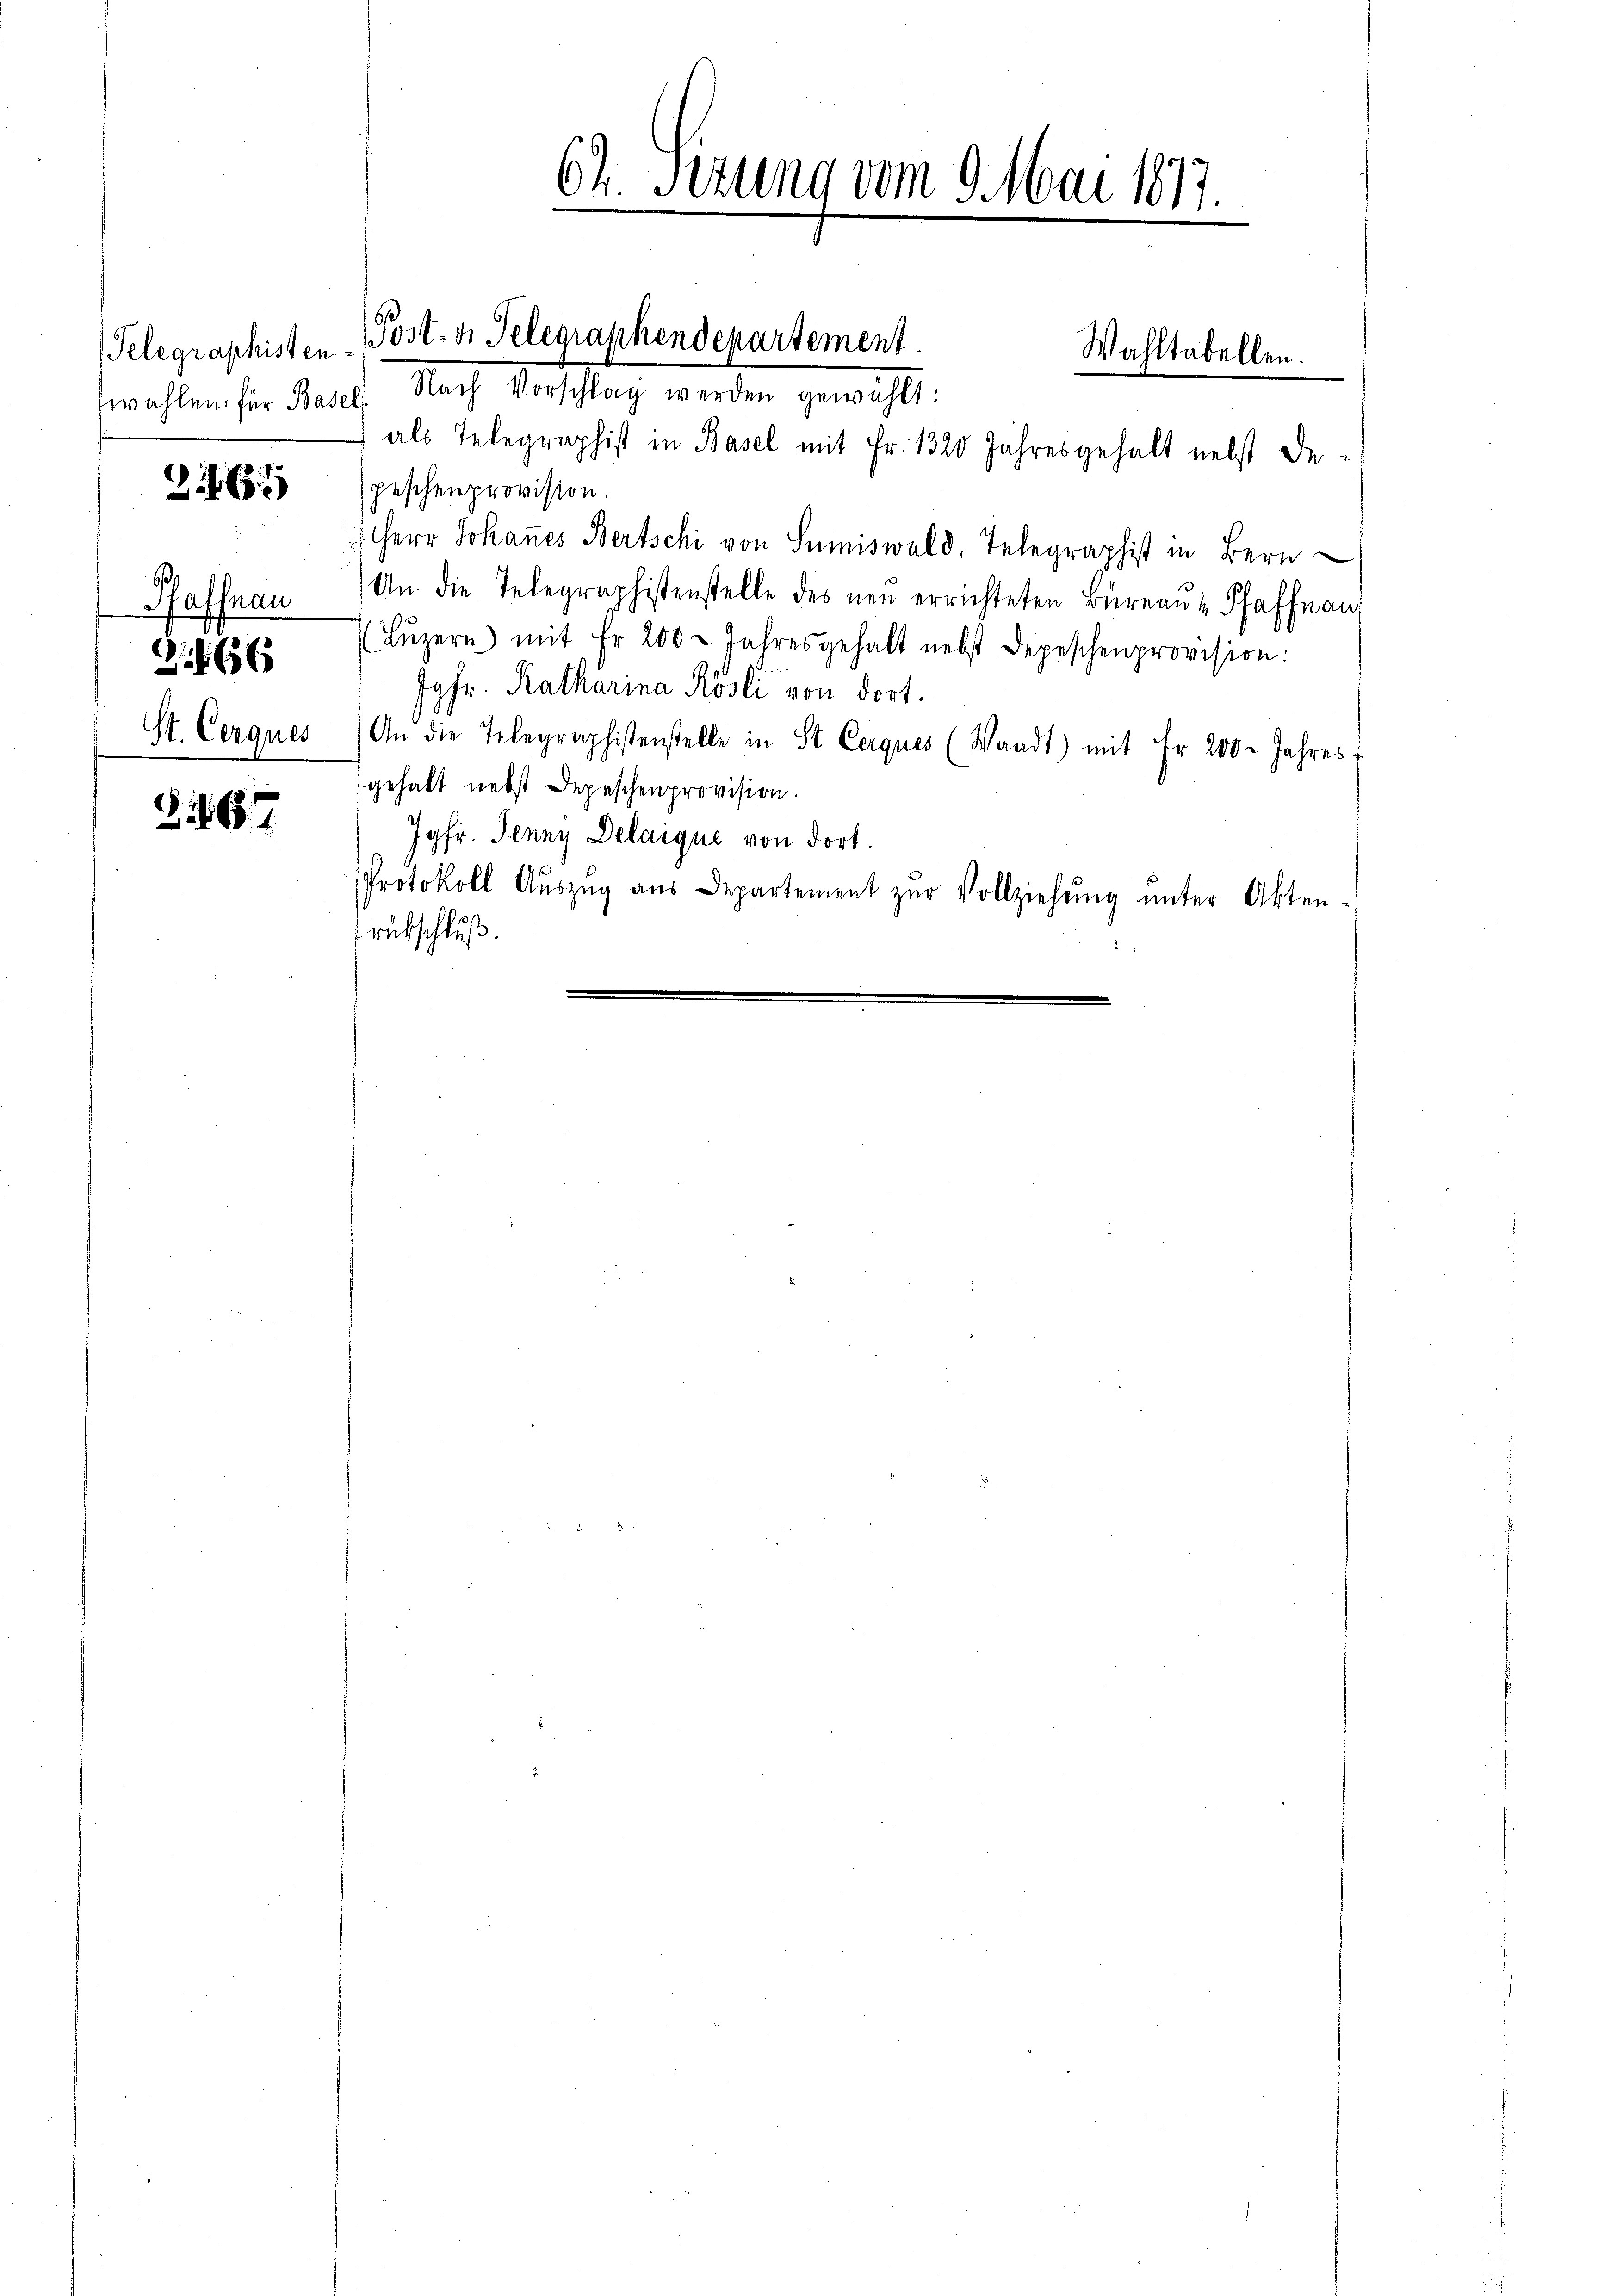
Telegraphisten-
zwahlen: für Basel

216

Pfaffenau
St. Cerques

66

Z. 167

Nach Vorschlag werden gewählt:
als Telegraphist in Basel mit Fr. 1320 Jahresgehalt nebst De-
peschenprovision.
Herr Johaṅes Bertschi von Sumiswald, Telegraphist in Bern
An die Telegraphistenstelle des neu errichteten Büreau & Pfaffnau
(Lŭzern) mit Fr. 200 Jahresgehalt nebst Depeschenprovision:
Jgfr. Ratharina Rösli von dort.
An die Telegraphistenstelle in St. Cerques (Waadt) mit Fr. 200. Jahres
gehalt nebst Depeschenprovision.
Jgfr. Jenny Delaique von dort.
Protokoll Aŭszŭg aŭs Departement zŭr Vollziehŭng ŭnter Akten-
rückschluß.

64. Sezung vom 9. Mai 1817.

Post- u. Telegraphendepartement.

Wahltabellen.